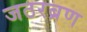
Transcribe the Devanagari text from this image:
जठरब्रण